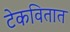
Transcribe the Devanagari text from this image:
टेकवितात